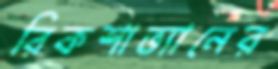
রিকশাভ্যানের